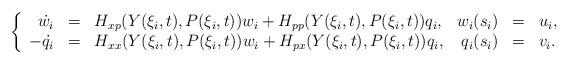
LaTeX: \begin{align*}\left\{\begin{array}{rllrrl}\dot{w_i}&=&H _{xp} (Y(\xi_i,t),P(\xi_i,t))w_i + H_{pp}(Y(\xi_i,t),P(\xi_i,t))q_i ,& w_i(s_i) &=& u_i, \\-\dot{q_i}&=& H_{xx}(Y(\xi_i,t),P(\xi_i,t)) w_i+ H_{px} (Y(\xi_i,t),P(\xi_i,t)) q_i,& q_i(s_i)&=&v_i.\end{array}\right.\end{align*}